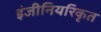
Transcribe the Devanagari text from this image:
इंजीनियरिकृत